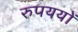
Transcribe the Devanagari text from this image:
रुपययों